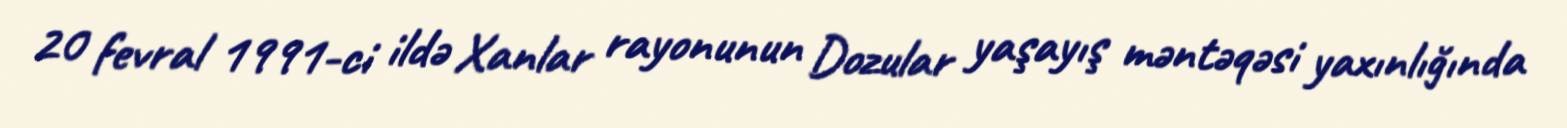
20 fevral 1991-ci ildə Xanlar rayonunun Dozular yaşayış məntəqəsi yaxınlığında